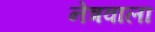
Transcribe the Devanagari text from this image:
नेत्रवाला